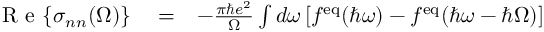
\begin{array} { r l r } { \mathrm { ~ R ~ e ~ } { \left\{ \sigma _ { n n } ( \Omega ) \right\} } } & { { } = } & { - \frac { \pi \hbar e ^ { 2 } } { \Omega } \int d \omega \left[ f ^ { \mathrm { e q } } ( \hbar \omega ) - f ^ { \mathrm { e q } } ( \hbar \omega - \hbar \Omega ) \right] } \end{array}